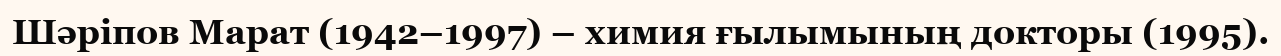
Шәріпов Марат (1942–1997) – химия ғылымының докторы (1995).